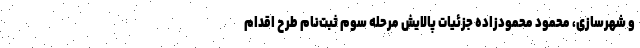
و شهرسازی، محمود محمودزاده جزئیات پالایش مرحله سوم ثبت‌نام طرح اقدام